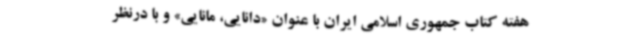
هفته کتاب جمهوری اسلامی ایران با عنوان «دانایی، مانایی» و با درنظر